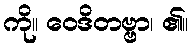
ကို။ ဝေဒိတဗ္ဗာ၊ ၏။